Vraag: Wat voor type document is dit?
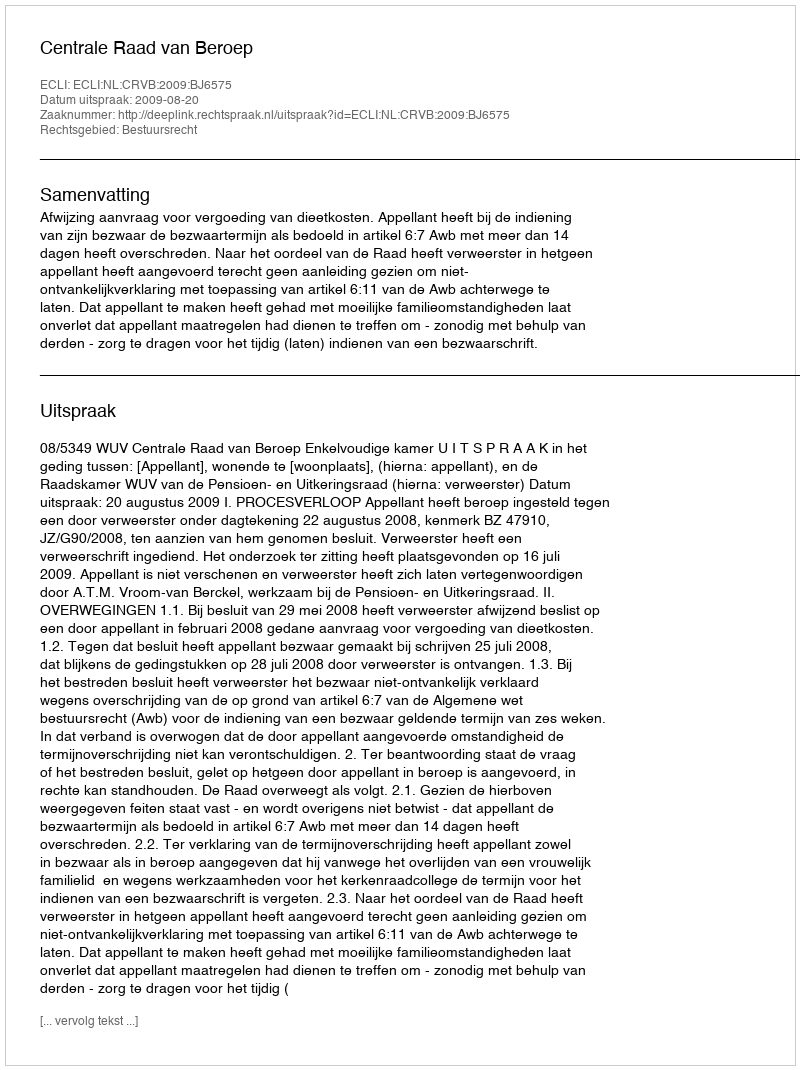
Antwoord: Uitspraak